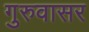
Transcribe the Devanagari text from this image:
गुरुवासर